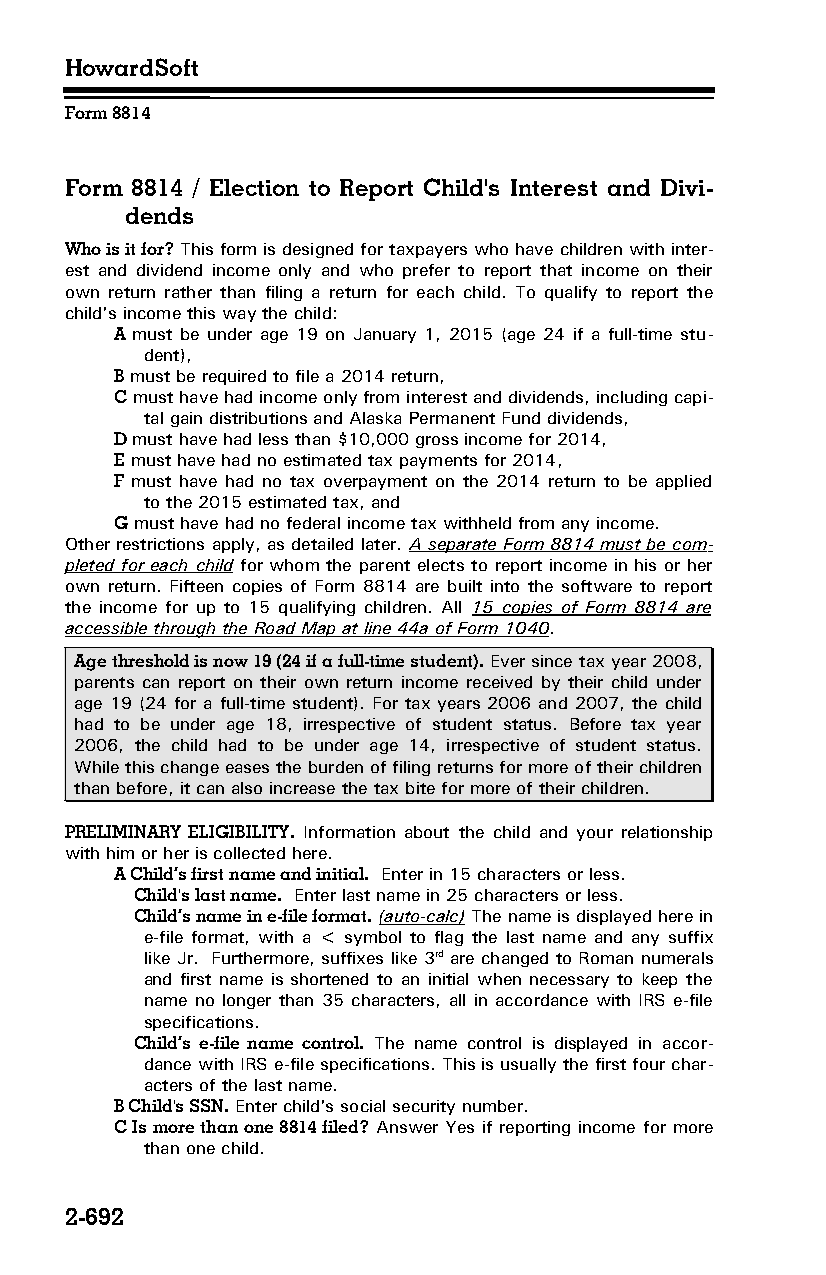
HowardSoft
 Form 8814
 Form 8814 / Election to Report Child's Interest and Divi­
 dends
 Who is it for? This form is designed for taxpayers who have children with inter­
 est and dividend income only and who prefer to report that income on their
 own return rather than filing a return for each child. To qualify to report the
 child's income this way the child:
 A must be under age 19 on January 1, 2015 (age 24 if a full-time stu­
 dent),
 B must be required to file a 2014 return,
 C must have had income only from interest and dividends, including capi­
 tal gain distributions and Alaska Permanent Fund dividends,
 D must have had less than $10,000 gross income for 2014,
 E must have had no estimated tax payments for 2014,
 F must have had no tax overpayment on the 2014 return to be applied
 to the 2015 estimated tax, and
 G must have had no federal income tax withheld from any income.
 Other restrictions apply, as detailed later. A separate Form 8814 must be com­
 pleted for each child for whom the parent elects to report income in his or her
 own return. Fifteen copies of Form 8814 are built into the software to report
 the income for up to 15 qualifying children. All 15 copies of Form 8814 are
 accessible through the Road Map at line 44a of Form 1040.
 Age threshold is now 19 (24 if a full-time student). Ever since tax year 2008,
 parents can report on their own return income received by their child under
 age 19 (24 for a full-time student). For tax years 2006 and 2007, the child
 had to be under age 18, irrespective of student status. Before tax year
 2006, the child had to be under age 14, irrespective of student status.
 While this change eases the burden of filing returns for more of their children
 than before, it can also increase the tax bite for more of their children.
 PRELIMINARY ELIGIBILITY. Information about the child and your relationship
 with him or her is collected here.
 A Child’s first name and initial. Enter in 15 characters or less.
 Child's last name. Enter last name in 25 characters or less.
 Child’s name in e-file format. (auto-calc) The name is displayed here in
 e-file format, with a < symbol to flag the last name and any suffix
 like Jr. Furthermore, suffixes like 3rd are changed to Roman numerals
 and first name is shortened to an initial when necessary to keep the
 name no longer than 35 characters, all in accordance with IRS e-file
 specifications.
 Child’s e-file name control. The name control is displayed in accor­
 dance with IRS e-file specifications. This is usually the first four char­
 acters of the last name.
 B Child's SSN. Enter child's social security number.
 C Is more than one 8814 filed? Answer Yes if reporting income for more
 than one child.
 2-692